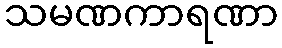
သမဏကာရဏာ